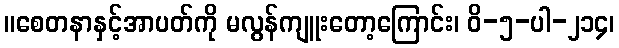
။စေတနာနှင့်အာပတ်ကို မလွန်ကျူးတော့ကြောင်း၊ ဝိ-၅-ပါ-၂၁၄၊